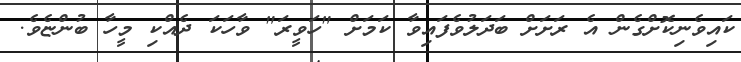
ކައިވެނިކޮށްގެން އެ ރަށަށް ބަދަލުވެފައިވާ ކަމަށް "ހަވީރަ" ވާހަކަ ދެއްކި މީހާ ބުންޏެވެ.